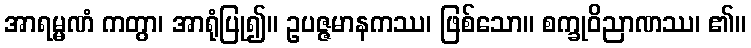
အာရမ္မဏံ ကတွာ၊ အာရုံပြု၍။ ဥပဇ္ဇမာနကဿ၊ ဖြစ်သော။ စက္ခုဝိညာဏဿ၊ ၏။